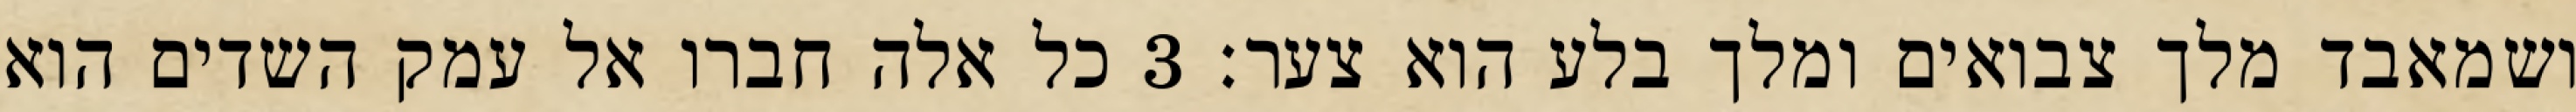
ושמאבד מלך צבואים ומלך בלע הוא צער׃ ‎3‏ כל אלה חברו אל עמק השדים הוא